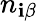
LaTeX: n_{\mathbf{i}\beta}